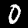
Label: 0